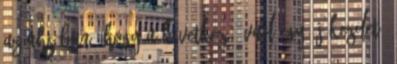
az AHS-ban, hogy a következő évad egy új kezdet,